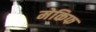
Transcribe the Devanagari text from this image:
मेकिफ